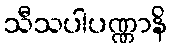
သီသပါပဏ္ဏာနိ